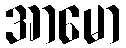
အာမော